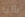
بالية